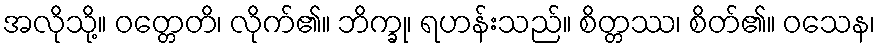
အလိုသို့။ ဝတ္တေတိ၊ လိုက်၏။ ဘိက္ခု၊ ရဟန်းသည်။ စိတ္တဿ၊ စိတ်၏။ ဝသေန၊